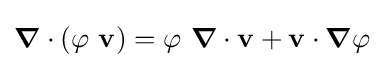
{\boldsymbol {\nabla }}\cdot (\varphi ~\mathbf {v} )=\varphi ~{\boldsymbol {\nabla }}\cdot \mathbf {v} +\mathbf {v} \cdot {\boldsymbol {\nabla }}\varphi